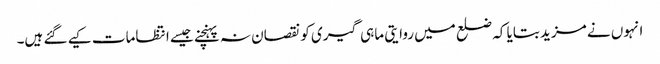
انہوں نے مزید بتایا کہ ضلع میں روایتی ماہی گیری کو نقصان نہ پہنچنے جیسے انتظامات کیے گئے ہیں۔